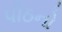
પીઠનો